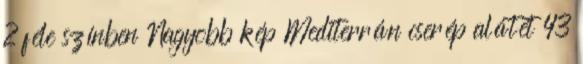
2 féle színben Nagyobb kép Mediterrán cserép alátét 43